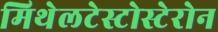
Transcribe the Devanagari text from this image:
मिथेलटेस्टोस्टेरोन